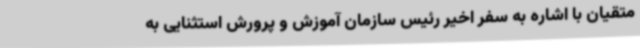
متقیان با اشاره به سفر اخیر رئیس سازمان آموزش و پرورش استثنایی به